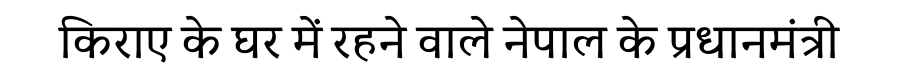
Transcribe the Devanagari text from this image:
किराए के घर में रहने वाले नेपाल के प्रधानमंत्री